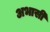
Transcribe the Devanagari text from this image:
अभासी